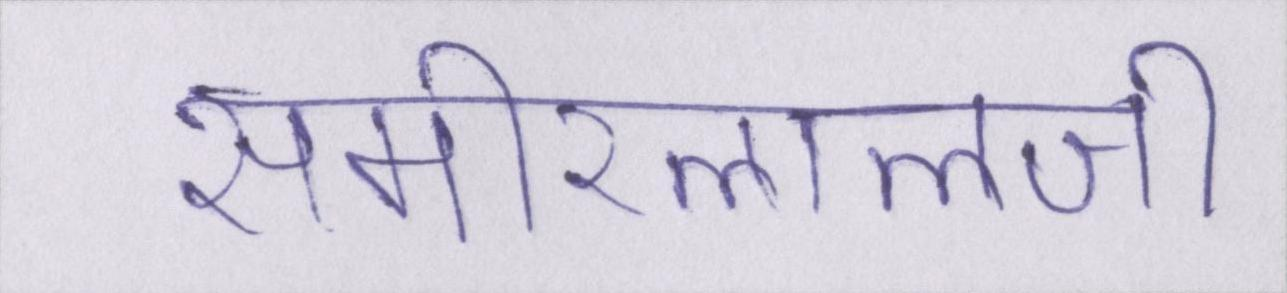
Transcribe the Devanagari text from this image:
समीरलालजी